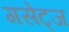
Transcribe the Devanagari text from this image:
गसेट्ज